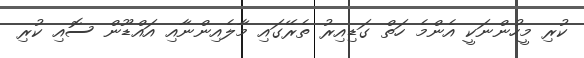
ކުރި މީހުންނަކީ އެންމެ ހަތް ގަޑިއިރު ތެރޭގައި މާލެއިންނާއި އައްޑޫން ސޮއި ކުރި